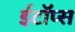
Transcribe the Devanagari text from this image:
ईटॉप्स